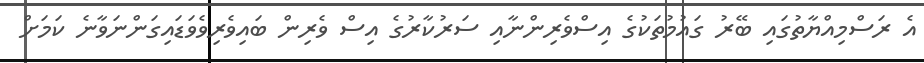
އެ ރަސްމިއްޔާތުގައި ބޭރު ގައުމުތަކުގެ އިސްވެރިންނާއި ސަރުކާރުގެ އިސް ވެރިން ބައިވެރިވެވަޑައިގަންނަވާނެ ކަމަށް